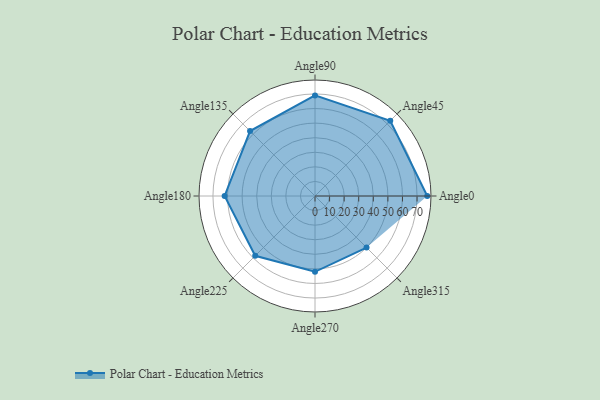
{"axis": {"x": "Angle", "y": "Radius"}, "legend": [""], "data": [{"x": "Angle0", "y": 77.0, "type": ""}, {"x": "Angle45", "y": 73.0, "type": ""}, {"x": "Angle90", "y": 69.0, "type": ""}, {"x": "Angle135", "y": 63.0, "type": ""}, {"x": "Angle180", "y": 62.0, "type": ""}, {"x": "Angle225", "y": 58.0, "type": ""}, {"x": "Angle270", "y": 52.0, "type": ""}, {"x": "Angle315", "y": 50, "type": ""}]}